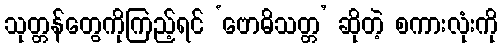
သုတ္တန်တွေကိုကြည့်ရင် ‘ဗောဓိသတ္တ’ ဆိုတဲ့ စကားလုံးကို